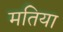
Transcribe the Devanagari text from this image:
मतिया